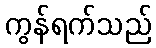
ကွန်ရက်သည်